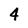
Character: 4